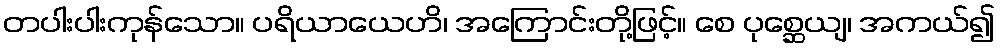
တပါးပါးကုန်သော။ ပရိယာယေဟိ၊ အကြောင်းတို့ဖြင့်။ စေ ပုစ္ဆေယျ၊ အကယ်၍